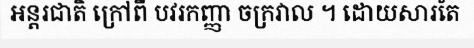
អន្តរជាតិ ក្រៅពី បវរកញ្ញា ចក្រវាល ។ ដោយសារតែ